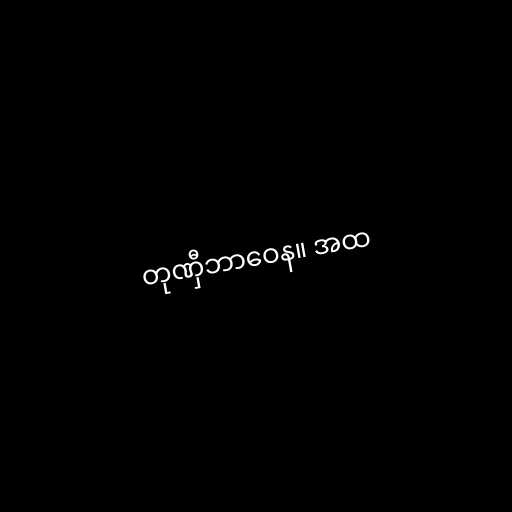
တုဏှီဘာဝေန။ အထ